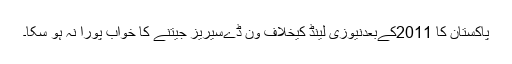
پاکستان کا 2011کےبعدنیوزی لینڈ کیخلاف ون ڈےسیریز جیتنے کا خواب پورا نہ ہو سکا۔